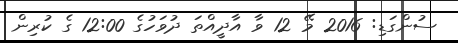
ސުންގަޑި: 2016 މޭ 12 ވާ އާދީއްތަ ދުވަހުގެ 12:00 ގެ ކުރިން